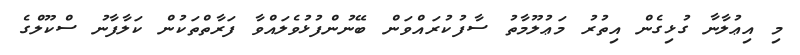
މި އިޢުލާނާ ގުޅިގެން އިތުރު މަޢުލޫމާތު ސާފުކުރައްވަން ބޭނުންފުޅުވެލައްވާ ފަރާތްތަކުން ކަލާފާނު ސްކޫލްގެ